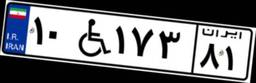
۱۰W۱۷۳۸۱